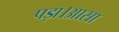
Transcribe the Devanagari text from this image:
पड़ा।आसा